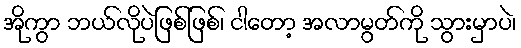
အိုကွာ ဘယ်လိုပဲဖြစ်ဖြစ်၊ ငါတော့ အလာမွတ်ကို သွားမှာပဲ၊